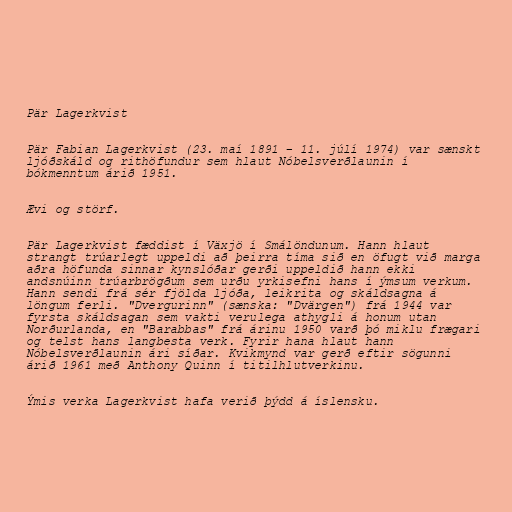
Pär Lagerkvist

Pär Fabian Lagerkvist (23. maí 1891 – 11. júlí 1974) var sænskt
ljóðskáld og rithöfundur sem hlaut Nóbelsverðlaunin í
bókmenntum árið 1951.

Ævi og störf.

Pär Lagerkvist fæddist í Växjö í Smálöndunum. Hann hlaut
strangt trúarlegt uppeldi að þeirra tíma sið en öfugt við marga
aðra höfunda sinnar kynslóðar gerði uppeldið hann ekki
andsnúinn trúarbrögðum sem urðu yrkisefni hans í ýmsum verkum.
Hann sendi frá sér fjölda ljóða, leikrita og skáldsagna á
löngum ferli. "Dvergurinn" (sænska: "Dvärgen") frá 1944 var
fyrsta skáldsagan sem vakti verulega athygli á honum utan
Norðurlanda, en "Barabbas" frá árinu 1950 varð þó miklu frægari
og telst hans langbesta verk. Fyrir hana hlaut hann
Nóbelsverðlaunin ári síðar. Kvikmynd var gerð eftir sögunni
árið 1961 með Anthony Quinn í titilhlutverkinu.

Ýmis verka Lagerkvist hafa verið þýdd á íslensku.